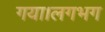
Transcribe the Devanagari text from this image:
गया।लगभग